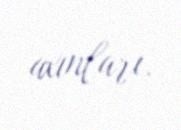
axınları.